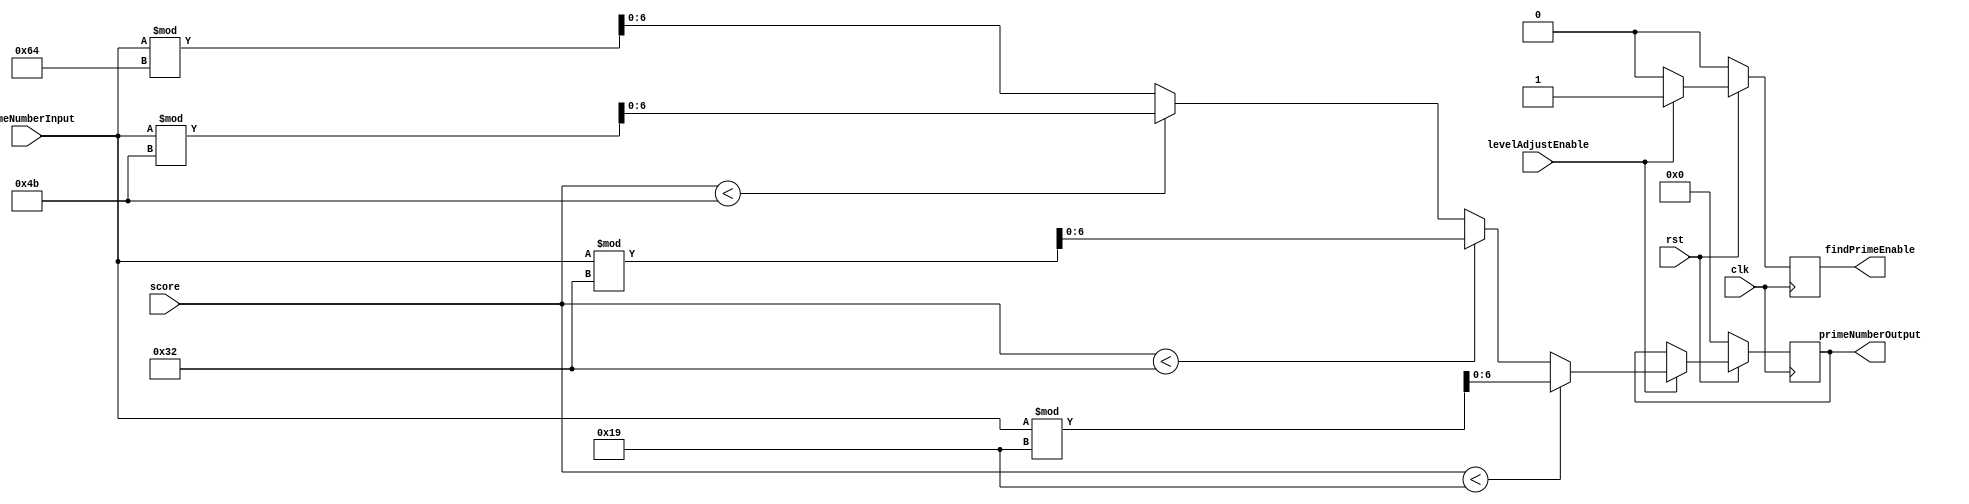
module levelAdjust( clk, rst, score, primeNumberInput, levelAdjustEnable, primeNumberOutput, findPrimeEnable);
	input clk, rst, levelAdjustEnable;
	output reg findPrimeEnable;
	input[6:0] score, primeNumberInput;
	output reg[6:0] primeNumberOutput;
	
	always @ (posedge clk)
		begin
			if(rst == 0)
				begin
					primeNumberOutput <= 0;
					findPrimeEnable <= 0;
				end
			else
				begin
					if(levelAdjustEnable == 1)
						begin
							findPrimeEnable = 1;
							if(score < 25)
								begin
									primeNumberOutput <= primeNumberInput % 25;
								end
							else if(score < 50)
								begin
									primeNumberOutput <= primeNumberInput % 50;
								end
							else if(score < 75)
								begin
									primeNumberOutput <= primeNumberInput % 75;
								end
							else
								begin
									primeNumberOutput <= primeNumberInput % 100;
								end
						end
					else
						begin
							findPrimeEnable = 0;
						end
				end
		end
endmodule